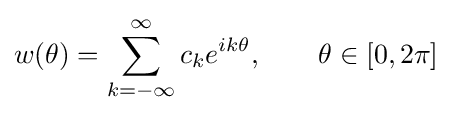
w(\theta )=\sum _{k=-\infty }^{\infty }c_{k}e^{ik\theta },\qquad \theta \in [0,2\pi ]